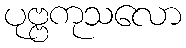
ပုဗ္ဗကုသလော